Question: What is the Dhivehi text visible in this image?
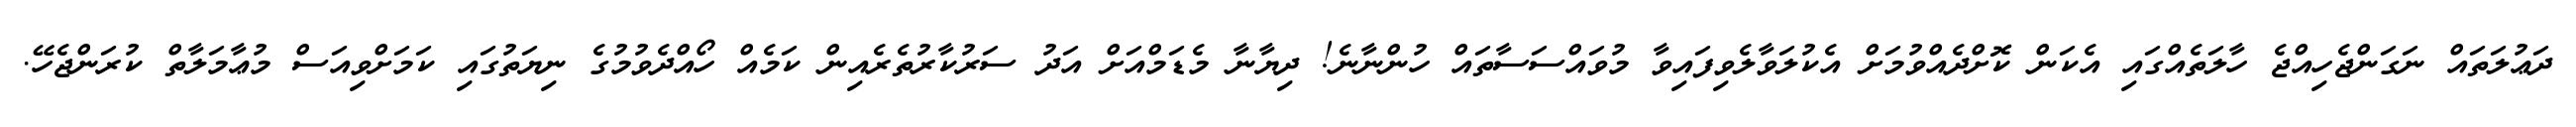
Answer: ދަޢުލަތައް ނަގަންޖެހިއްޖެ ހާލަތެއްގައި އެކަން ކޮށްދެއްވުމަށް އެކުލަވާލެވިފައިވާ މުވައްސަސާތައް ހުންނާނެ! ދިޔާނާ މެޑަމްއަށް އަދު ސަރުކާރުތެރެއިން ކަމެއް ހޯއްދެވުމުގެ ނިޔަތުގައި ކަމަށްވިއަސް މުޢާމަލާތް ކުރަންޖެހޭ.